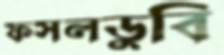
ফসলডুবি